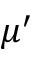
\mu ^ { \prime }